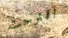
اقترحت